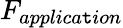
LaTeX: F_{applica\mathtt{t}ion}